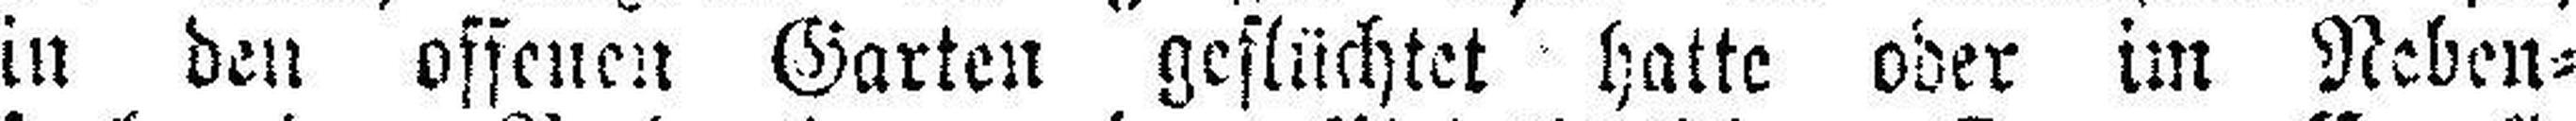
in den offenen Garten geflüchtet hatte oder im Neben¬